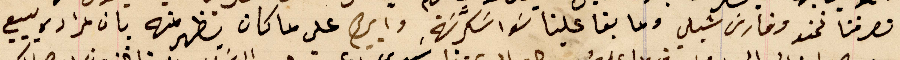
تصرفنا نحنو وفارسَ شبلي وما بقا علينا سَوا سكرّنة وابيهم على ما كان يظهر منه بان مراده يبيع